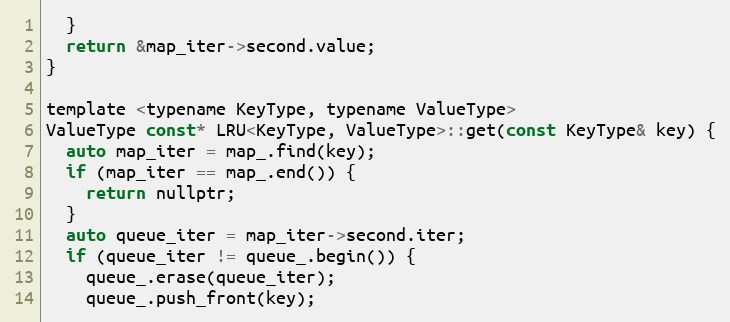
Language: C
  }
  return &map_iter->second.value;
}

template <typename KeyType, typename ValueType>
ValueType const* LRU<KeyType, ValueType>::get(const KeyType& key) {
  auto map_iter = map_.find(key);
  if (map_iter == map_.end()) {
    return nullptr;
  }
  auto queue_iter = map_iter->second.iter;
  if (queue_iter != queue_.begin()) {
    queue_.erase(queue_iter);
    queue_.push_front(key);